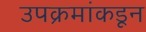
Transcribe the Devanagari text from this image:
उपक्रमांकडून